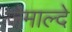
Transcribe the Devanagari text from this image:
जेमाल्दे